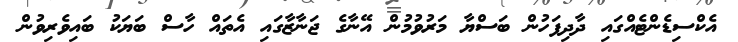
އެކްސިޑެންޓެއްގައި ދާދިފަހުން ބަސްޔާ މަރުވުމުން އޭނާގެ ޖަނާޒާގައި އެތައް ހާސް ބަޔަކު ބައިވެރިވުން